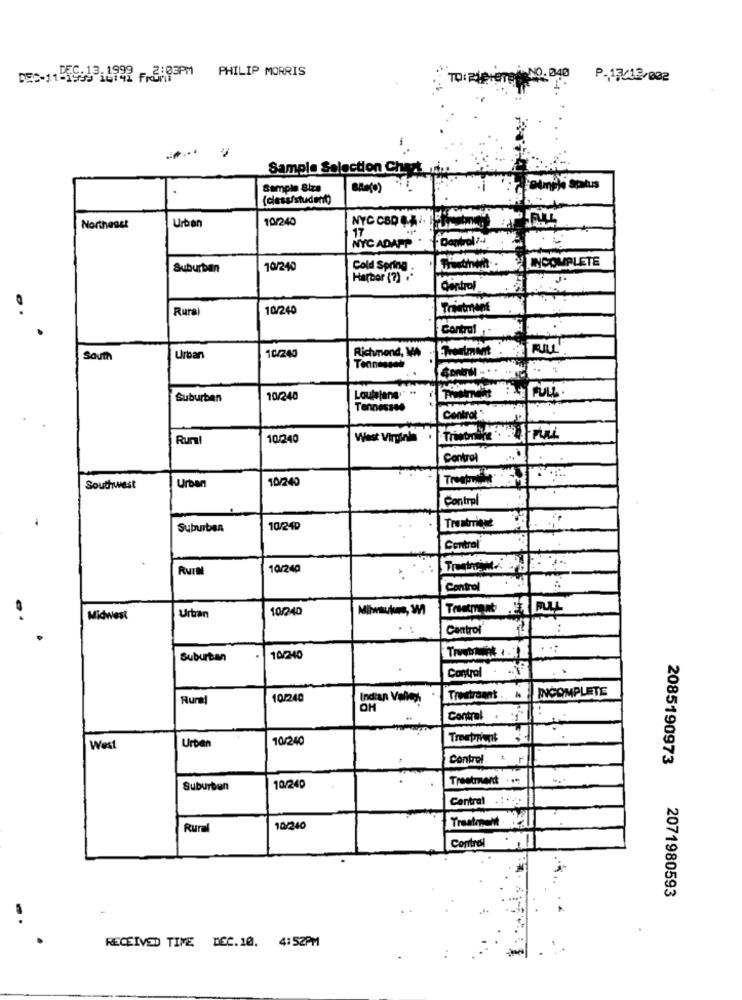
DEC-11-19993:4999 F3193PM PHILIP MORRIS
NO. 040
P.13/12/002
Sample Selection Chazt i.
Sample Size
(cless/student)
10/240
Northeast
Urban
NYC CBD 44
17
Centrali
NYC ADAPT"
INCOMPLETE
Suburban
10/240
Cold Spring
Harbor (?) ."
Central
Rural
10/240
Trintment
Control
Richmond, MA
South
Urban
10/240
Tennessee
Suburban
10/248
Loulejana""
Tennessee
Contrat:
Run!
10/240
West Virginia
Central
10/240
Southwest
Urban
Control
Suburban
10/240
Treatrringe
Central
RUIM
10/240
Control
10/240
Milwaukee, W
Midwest
Urban
Control
..:
Suburban
10/240
Troutment :. 1
Control
INCOMPLETE
Rural
10/240
Indian Valley
Trestraant .
OH
Contral .
Urban
10/240
West
Control
2085190973
Treatment . .
Suburban
10/240
Central
Rural
10/240
Treatment
Control
2071980593
RECEIVED TIME DEC.10. 4:52PM